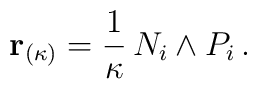
{\bf r}_{(\kappa)} = \frac{1}{\kappa}\, N_{i} \wedge P_i \, .